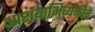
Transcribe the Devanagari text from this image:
आशयाभिव्यक्तीचे